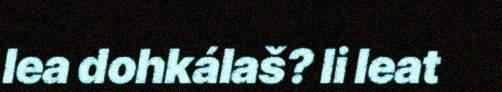
lea dohkálaš? Ii leat